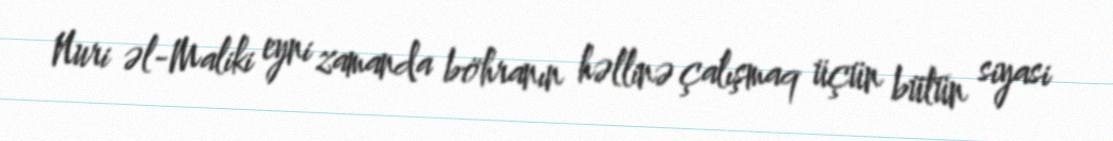
Nuri əl-Maliki eyni zamanda böhranın həllinə çalışmaq üçün bütün siyasi